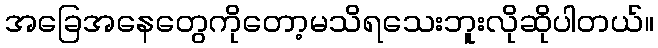
အခြေအနေတွေကိုတော့မသိရသေးဘူးလိုဆိုပါတယ်။